Insane asylums in Bengal annual reports 1876-1887 - 1876-1887
Year: 1876
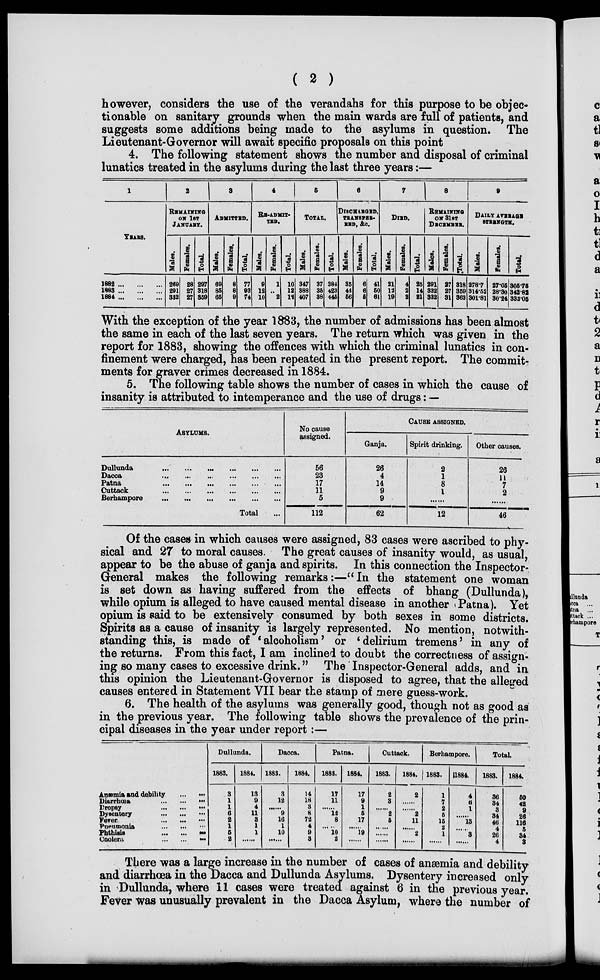
( 2 )
however, considers the use of the verandahs for this purpose to be objec-
tionable on sanitary grounds when the main wards are full of patients, and
suggests some additions being made to the asylums in question. The
Lieutenant-Governor will await specific proposals on this point
4. The following statement shows the number and disposal of criminal
lunatics treated in the asylums during the last three years:—
1
YEARS.
1882 ... ... ...
1883 ... ... ...
1884 ... ... ...
2
REMAINING
ON 1ST
JANUARY.
Males.
269
291
332
Females.
28
27
27
Total.
297
318
359
3
ADMITTED.
Males.
69
86
65
Females.
8
8
9
Total.
77
93
74
4
RE-ADMIT-
TED.
Males.
9
12
10
Females.
1
..
2
Total.
10
12
12
5
TOTAL.
Males.
347
388
407
Females.
37
35
38
Total.
384
423
445
6
DISCHARGED,
TRANSFER-
RED, &c.
Males.
35
44
56
Females.
6
6
5
Total.
41
50
61
7
DIED.
Males.
21
12
19
Females.
4
2
2
Total.
25
14
21
8
REMAINING
ON 31ST
DECEMBER.
Males.
291
332
332
Females.
27
27
31
Total.
318
359
363
9
DAILY AVERAGE
STRENGTH.
Males.
278.7
314.52
301.81
Females.
27.05
28.30
30.24
Total.
305.75
342.82
332.05
With the exception of the year 1883, the number of admissions has been almost
the same in each of the last seven years. The return which was given in the
report for 1883, showing the offences with which the criminal lunatics in con-
finement were charged, has been repeated in the present report. The commit-
ments for graver crimes decreased in 1884.
5. The following table shows the number of cases in which the cause of
insanity is attributed to intemperance and the use of drugs: —
Asylums.
Dullunda
...
...
...
...
...
...
Dacca
...
...
...
...
...
...
Patna ... ... ... ... ... ...
Cuttack ... ... ... ... ... ...
Berhampore ... ... ... ... ... ...
Total ...
No cause
assigned.
56
23
17
11
5
112
CAUSE ASSIGNED.
Ganja.
26
4
14
9
9
62
Spirit drinking.
2
1
8
1
......
12
Other causes.
26
11
7
2
......
46
Of the cases in which causes were assigned, 83 cases were ascribed to phy-
sical and 27 to moral causes. The great causes of insanity would, as usual,
appear to be the abuse of ganja and spirits. In this connection the Inspector-
General makes the following remarks:—" In the statement one woman
is set down as having suffered from the effects of bhang (Dullunda),
while opium is alleged to have caused mental disease in another Patna). Yet
opium is said to be extensively consumed by both sexes in some districts.
Spirits as a cause of insanity is largely represented. No mention, notwith-
standing this, is made of 'alcoholism' or 'delirium tremens' in any of
the returns. From this fact, I am inclined to doubt the correctness of assign-
ing so many cases to excessive drink." The Inspector-General adds, and in
this opinion the Lieutenant-Governor is disposed to agree, that the alleged
causes entered in Statement VII bear the stamp of mere guess-work.
6. The health of the asylums was generally good, though not as good as
in the previous year. The following table shows the prevalence of the prin-
cipal diseases in the year under report:—
Anæmia and debility
...
...
Diarrhœa
...
...
...
Dropsy
...
...
...
Dysentery
...
...
...
Fever
...
...
...
Pneumonia
...
...
...
Phthisis
...
...
...
Cholera ... ... ...
Dullunda.
1883.
3
1
1
6
2
1
5
2
1884.
13
9
4
11
8
1
1
......
Dacca.
1883.
3
12
......
9
16
1
10
......
1884.
14
18
3
8
72
4
9
3
Patna.
1883.
17
11
......
12
8
10
2
1884.
17
9
1
5
17
......
19
......
Cuttack.
1883.
2
3
......
2
5
......
......
......
1884.
2
......
......
2
11
......
2
......
Berhampore.
1883.
1
7
2
5
15
2
1
......
1884.
4
6
1
......
13
......
3
......
Total.
1883.
36
34
3
34
46
4
26
4
1884.
50
42
9
26
116
5
34
3
There was a large increase in the number of cases of anæmia and debility
and diarrhœa in the Dacca and Dullunda Asylums. Dysentery increased only
in Dullunda, where 11 cases were treated against 6 in the previous year.
Fever was unusually prevalent in the Dacca Asylum, where the number of